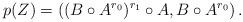
LaTeX: \begin{align*} p(Z) & = \left( (B\circ A^{r_0})^{r_1}\circ A, B\circ A^{r_0} \right).\end{align*}